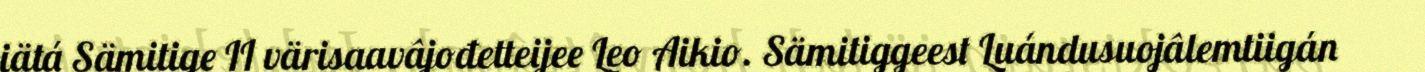
iätá Sämitige II värisaavâjođetteijee Leo Aikio. Sämitiggeest Luándusuojâlemtiigán